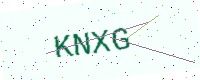
Text: KNXG